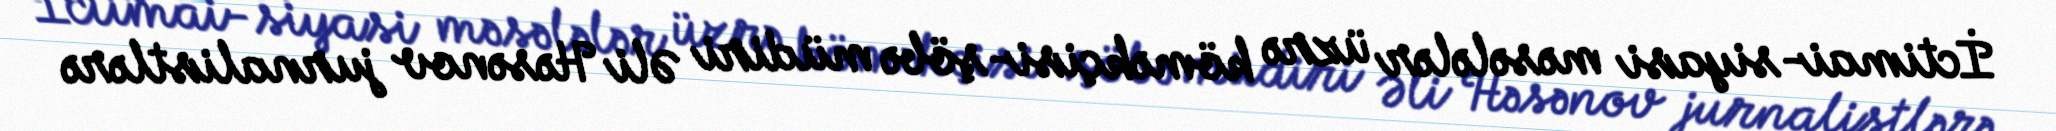
İctimai-siyasi məsələlər üzrə köməkçisi-şöbə müdiri Əli Həsənov jurnalistlərə